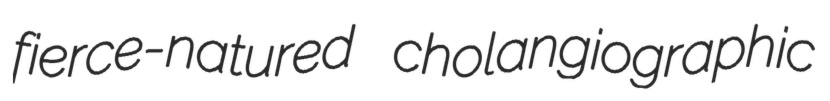
fierce-natured cholangiographic